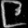
Digit: ၉